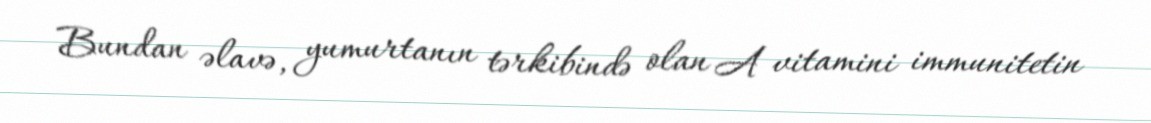
Bundan əlavə, yumurtanın tərkibində olan A vitamini immunitetin